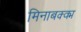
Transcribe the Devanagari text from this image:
मिनाबक्क्म